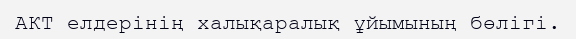
АКТ елдерінің халықаралық ұйымының бөлігі.